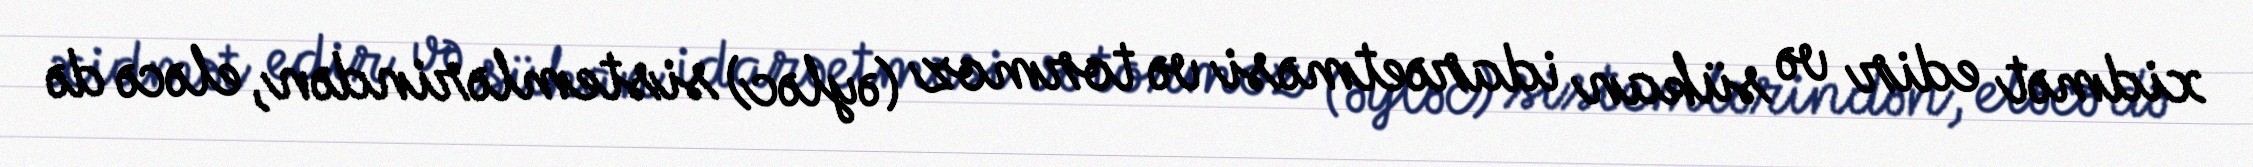
xidmət edir və sükan idarəetməsi və tormoz (əyləc) sistemlərindən, eləcə də